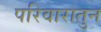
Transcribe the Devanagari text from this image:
परिवारातुन